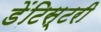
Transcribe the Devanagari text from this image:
डेंटिस्टरी